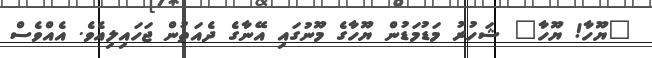
"ޔޫހާ! ޔޫހާ" ޝަހުރު މަޑުމަޑުން ޔޫހާގެ މޫނުގައި އޭނާގެ ދެއަތުން ޖަހައިލިއެވެ. އެއްވެސް